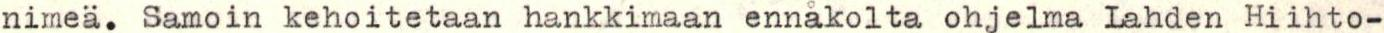
nimeä. Samoin kehoitetaan hankkimaan ennakolta ohjelma Lahden Hiihto-